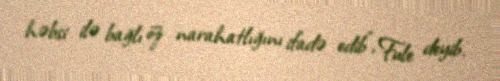
həbsi ilə bağlı öz narahatlığını ifadə edib”, Fule deyib.